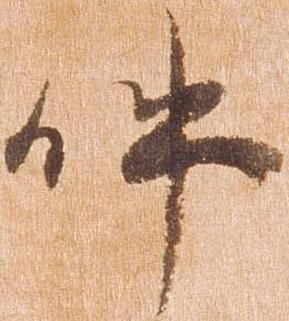
件